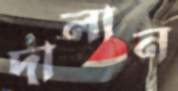
দালান